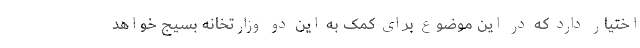
اختیار دارد که در این موضوع برای کمک به این دو وزارتخانه بسیج خواهد